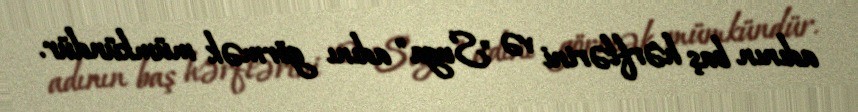
adının baş hərflərini və "Suga" adını görmək mümkündür.